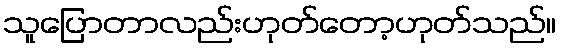
သူပြောတာလည်းဟုတ်တော့ဟုတ်သည်။